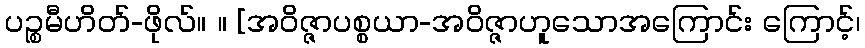
ပဉ္စမီဟိတ်-ဖိုလ်။ ။ [အဝိဇ္ဇာပစ္စယာ-အဝိဇ္ဇာဟူသောအကြောင်း ကြောင့်၊